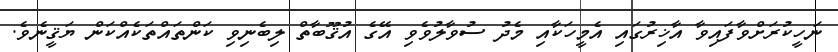
ނަހީކުރަށްވާފައިވާ އާޚިރުގައި އެމީހަކާއި މެދު ސުވާލުވެވި އޭގެ އުޤޫބާތް ލިބެނިވި ކަންތައްތަކެއްކަން ޔަޤީނެވެ.